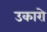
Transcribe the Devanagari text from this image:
उकारो